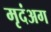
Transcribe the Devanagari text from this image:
मृदंअग